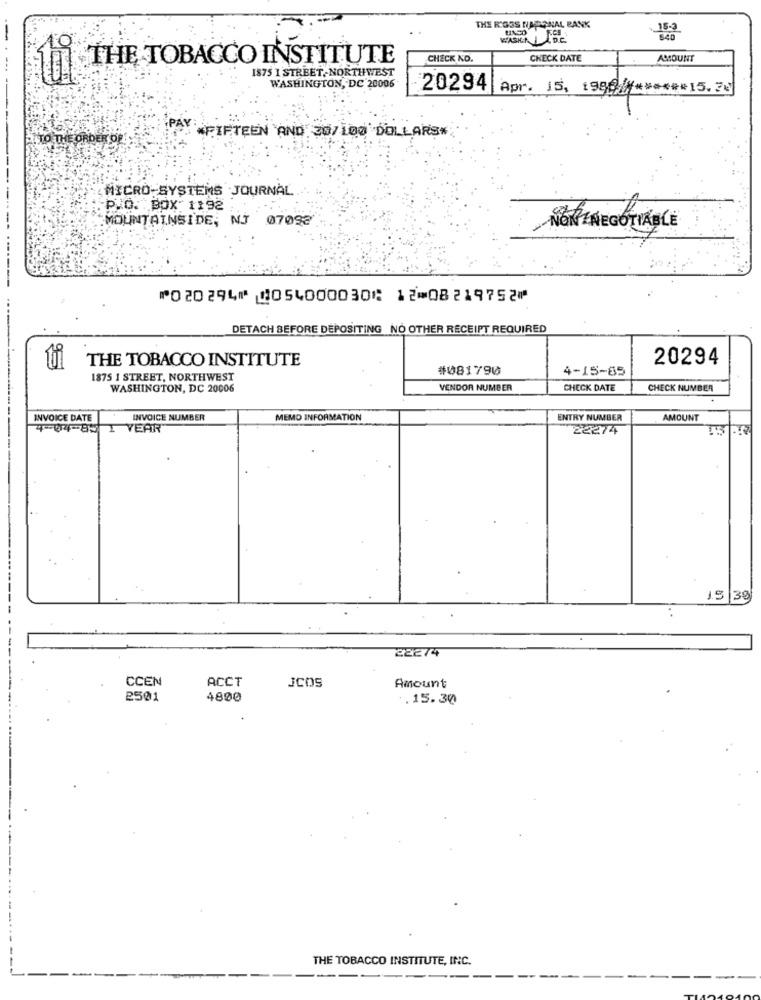
THE R'GES NAGONAL BANK
153
WASK. A.
THE TOBACCO INSTITUTE
CHECK NO.
CHECK DATE
AMOUNT
1875 1 STREET,NORTHWEST
WASHINGTON, DC 20006
20294 Apr. 15, 1986 ******* 15.30
TO THE ORDER OF
PAFIFTEEN AND 30/100 DOLLARS*
MICRO SYSTEMS JOURNAL
P.O. BOX 1192
MOUNTAINSIDE, NJ 07092
NOK INEGOTIABLE
--------------
⑈020294⑈ ⑆054000030⑆ 12⑉08219752⑈
DETACH BEFORE DEPOSITING NO OTHER RECEIPT REQUIRED
THE TOBACCO INSTITUTE
20294
#081790
4-15-85
1875 1 STREET, NORTHWEST
WASHINGTON, DC 20006
VENDOR NUMBER
CHECK DATE
CHECK NUMBER
INVOICE DATE
INVOICE NUMBER
MEMO INFORMATION
ENTRY NUMBER
AMOUNT
4-04-85
YEAR
22274
1.5 39
22274
CCEN
ACCT
JCOS
Amount
2501
4800
.15.30
THE TOBACCO INSTITUTE, INC.